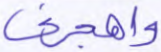
واهجرني